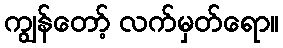
ကျွန်တော့် လက်မှတ်ရော။